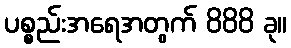
ပစ္စည်းအရေအတွက် 888 ခု။